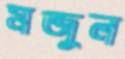
মন্জুল